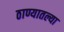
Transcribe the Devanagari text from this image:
ठाण्यातल्या